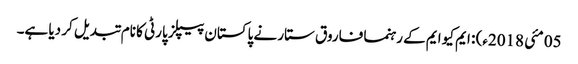
05 مئی 2018ء) : ایم کیو ایم کے رہنما فاروق ستار نے پاکستان پیپلز پارٹی کا نام تبدیل کر دیا ہے۔